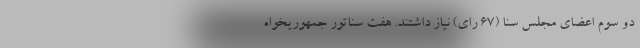
دو سوم اعضای مجلس سنا (۶۷ رای) نیاز داشتند. هفت سناتور جمهوریخواه